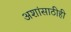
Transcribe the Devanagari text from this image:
अशांसाठीही